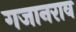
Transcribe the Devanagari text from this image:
गजानराव